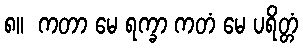
၈။  ကတာ မေ ရက္ခာ ကတံ မေ ပရိတ္တံ